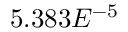
5 . 3 8 3 E ^ { - 5 }